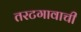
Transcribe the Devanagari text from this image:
तरटगावाची